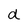
Character: a